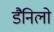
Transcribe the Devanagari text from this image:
डैनिलो